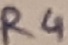
Text: R4